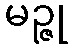
မဉ္ဇု